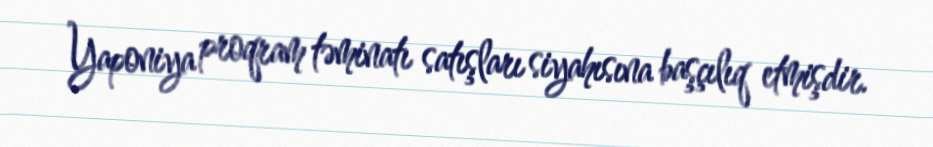
Yaponiya proqram təminatı satışları siyahısına başçılıq etmişdir.